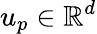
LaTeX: u_{p}\in\mathbb{R}^{d}